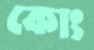
কোং